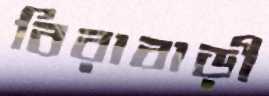
বিরাবাড়ী